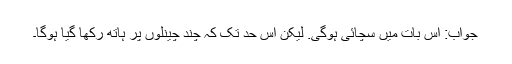
جواب: اس بات میں سچائی ہوگی. لیکن اس حد تک کہ چند چینلوں پر ہاتھ رکھا گیا ہوگا۔